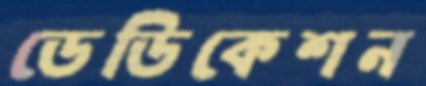
ডেডিকেশন